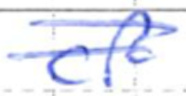
Text: of
Cross-out: double-line
Writing tool: ballpoint